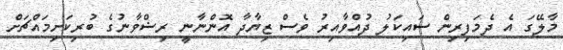
މާލޭގަ އެ ދެމަފިރިން ސައިކަލު ދުއްވާއިރު ވެސް ޒިޔާދާ އޮންނާނީ ރިޟްވާނުގެ ބުރިކަށިމައްޗަށް